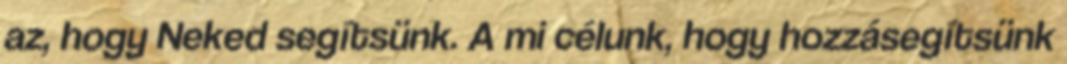
az, hogy Neked segítsünk. A mi célunk, hogy hozzásegítsünk